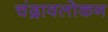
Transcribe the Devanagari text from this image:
चंद्रावलोकन